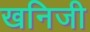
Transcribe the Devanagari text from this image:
खनिजी